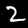
Label: 2